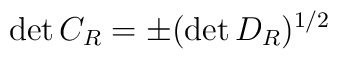
\det{C_R}= \pm (\det{D_R})^{1/2}